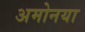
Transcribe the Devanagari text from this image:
अमोनया